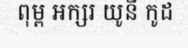
ពុម្ព អក្សរ យូនី កូដ